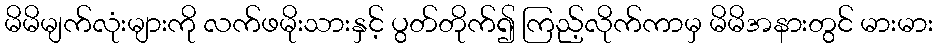
မိမိမျက်လုံးများကို လက်ဖမိုးသားနှင့် ပွတ်တိုက်၍ ကြည့်လိုက်ကာမှ မိမိအနားတွင် မားမား